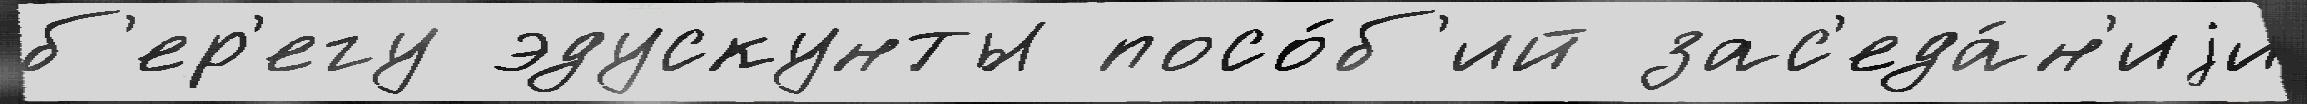
б'ер'егу эдускунты посо́б'ий зас'еда́н'иjи